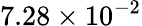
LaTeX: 7.28\times 10^{-2}